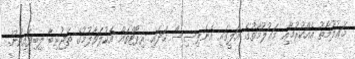
މަޢުލޫމާތު އެއްކުރުމާއި މަޢުލޫމާތުގެ އަލީގައި އެނެލިސިސް ހަދައި ރިޕޯޓްތައް އެކުލަވާލުމުގެ ތަޖުރިބާ ލިބިފައިވުން.